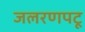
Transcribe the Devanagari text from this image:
जलरणपटू